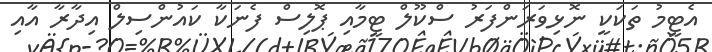
އެޓީމު ތަކަކީ ނޮޅިވަރަންފަރު ސްކޫލް ޓީމާއި ޕޮލިސް ފެނަކާ ކައުންސިލް އިދާރާ އާއި